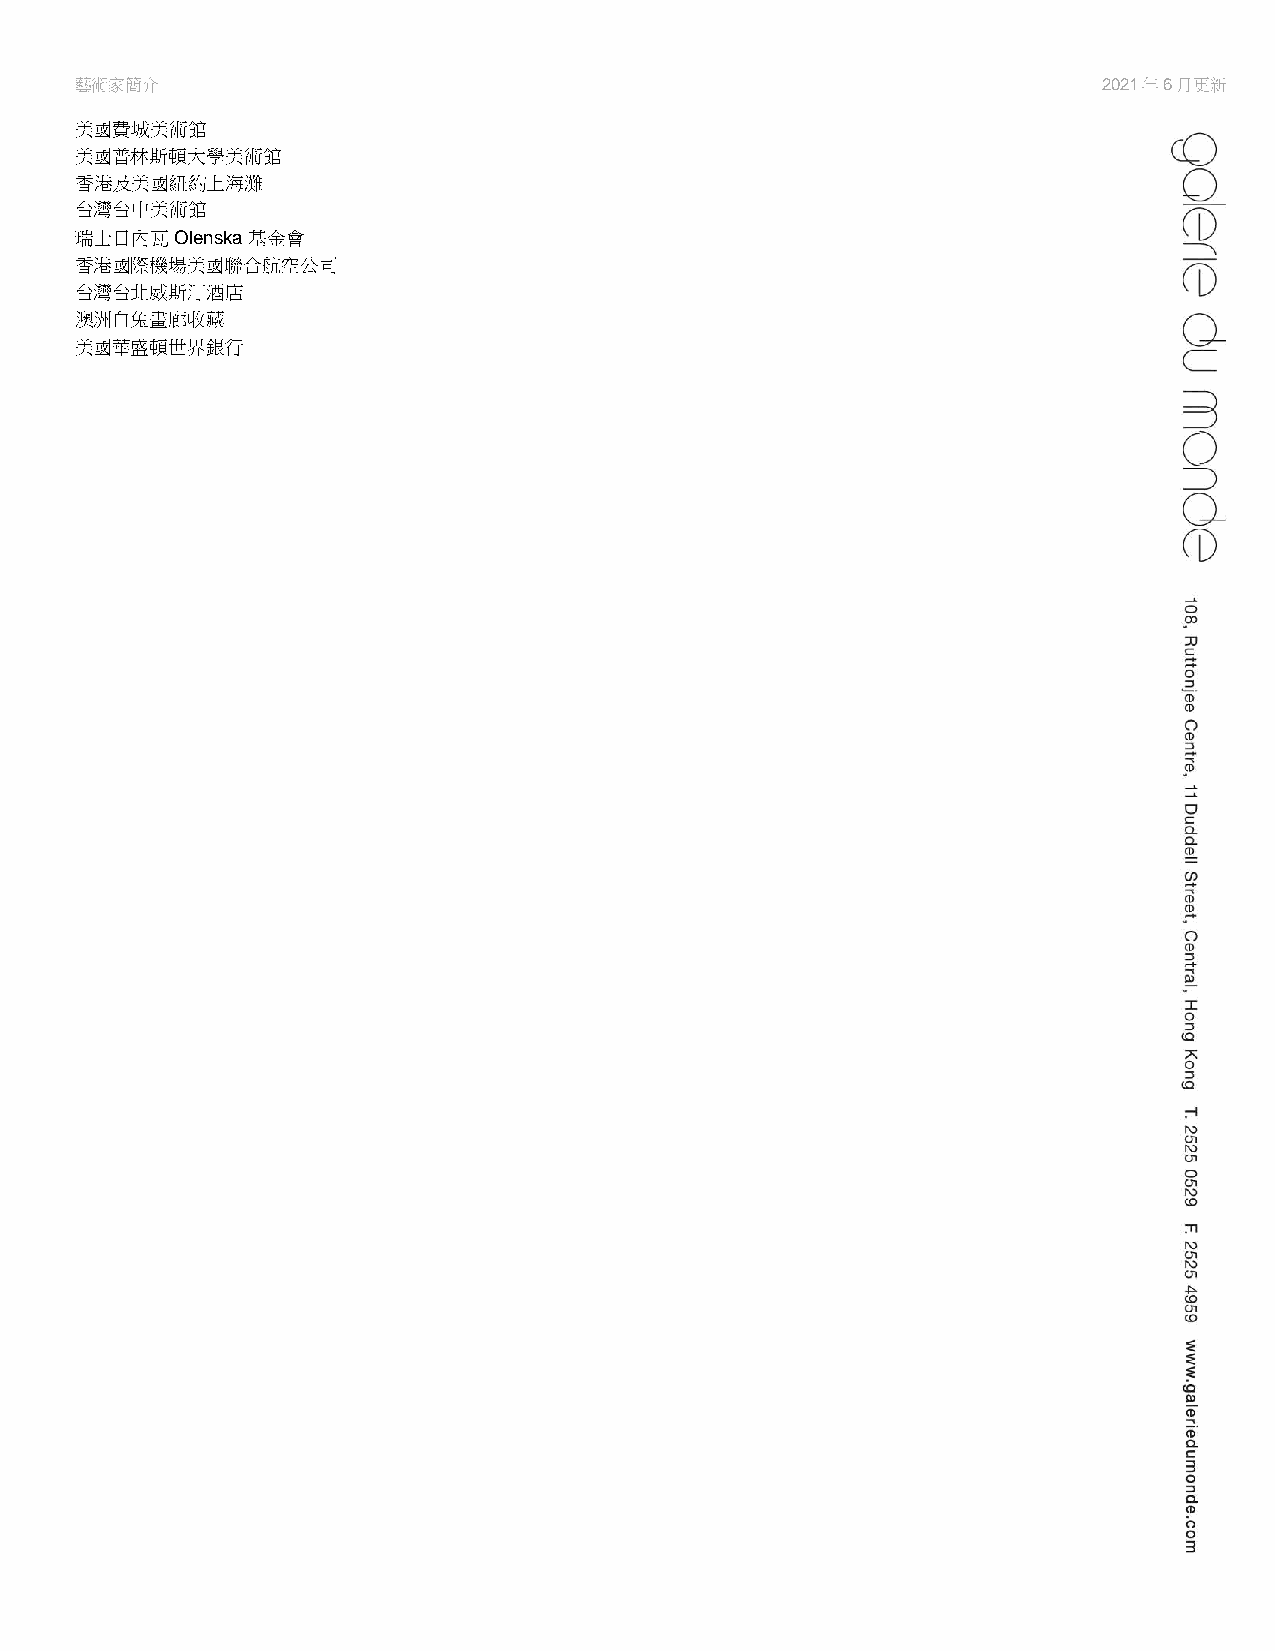
藝術家簡介                                                               2021年6月更新
 美國費城美術館
 美國普林斯頓大學美術館
 香港及美國紐約上海灘
 台灣台中美術館
 瑞士日內瓦  Olenska 基金會
 香港國際機場美國聯合航空公司
 台灣台北威斯汀酒店
 澳洲白兔畫廊收藏
 美國華盛頓世界銀行